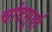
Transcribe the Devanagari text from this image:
चांदसूर्या